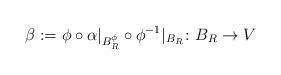
LaTeX: \begin{align*}\beta:=\phi\circ \alpha|_{B^\phi_R}\circ\phi^{-1}|_{B_R}\colon B_R\to V\end{align*}